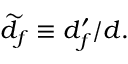
\begin{array} { r } { \widetilde d _ { f } \equiv d _ { f } ^ { \prime } / d . } \end{array}